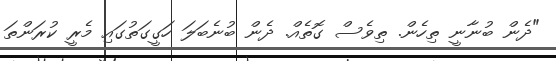
"ދެން ބުނާނީ ތިހެން. ތިވެސް ގޮތެއް. ދެން ބުނެބަލަ ހަގީގަތުގައި މެރީ ކުރަންތަ